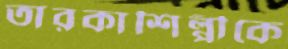
তারকাশিল্পীকে